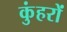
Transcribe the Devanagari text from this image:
कुंहरों